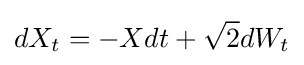
dX_{t}=-Xdt+{\sqrt {2}}dW_{t}